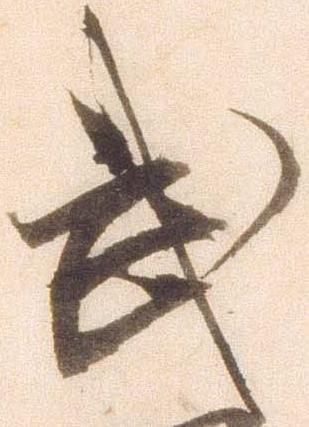
武